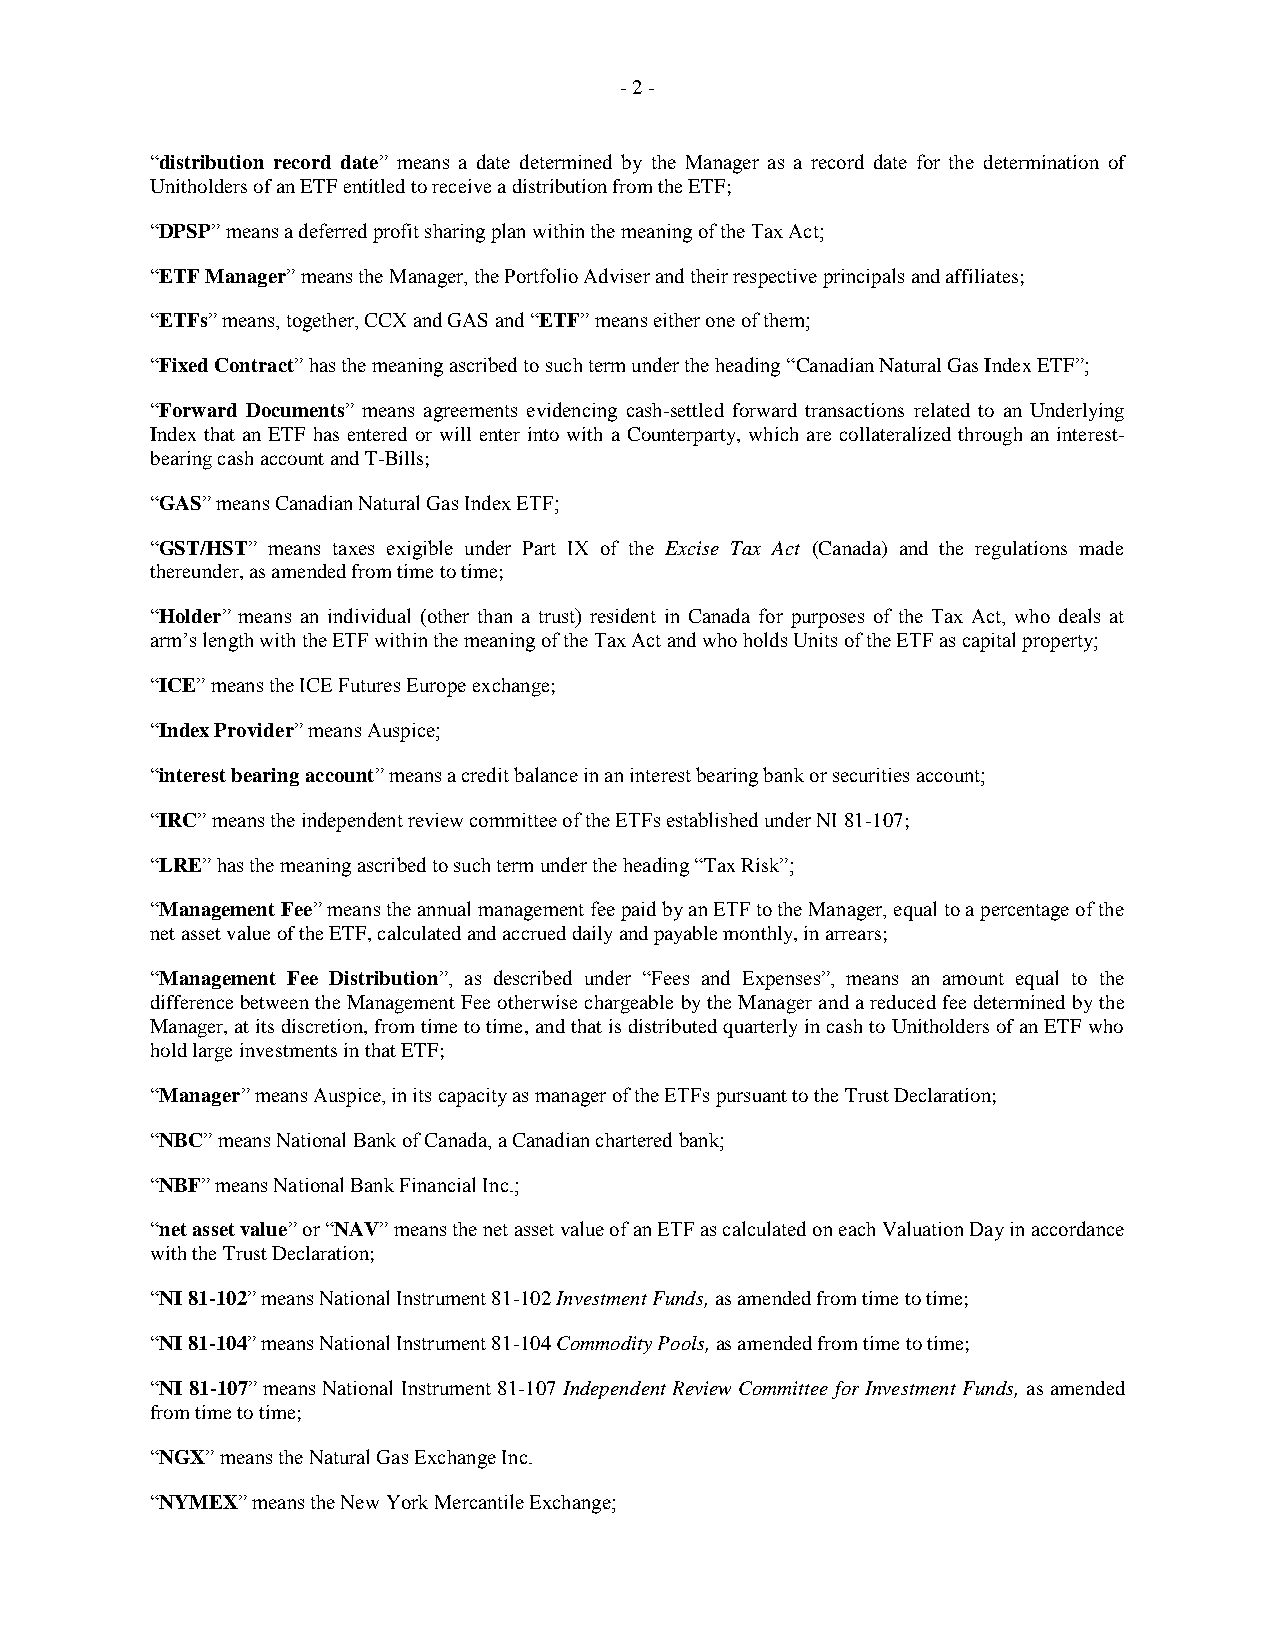
- 2 -
 “distribution record date” means a date determined by the Manager as a record date for the determination of
 Unitholders of an ETF entitled to receive a distribution from the ETF;
 “DPSP” means a deferred profit sharing plan within the meaning of the Tax Act;
 “ETF Manager” means the Manager, the Portfolio Adviser and their respective principals and affiliates;
 “ETFs” means, together, CCX and GAS and “ETF” means either one of them;
 “Fixed Contract” has the meaning ascribed to such term under the heading “Canadian Natural Gas Index ETF”;
 “Forward Documents” means agreements evidencing cash-settled forward transactions related to an Underlying
 Index that an ETF has entered or will enter into with a Counterparty, which are collateralized through an interest-
 bearing cash account and T-Bills;
 “GAS” means Canadian Natural Gas Index ETF;
 “GST/HST” means taxes exigible under Part IX of the Excise Tax Act (Canada) and the regulations made
 thereunder, as amended from time to time;
 “Holder” means an individual (other than a trust) resident in Canada for purposes of the Tax Act, who deals at
 arm’s length with the ETF within the meaning of the Tax Act and who holds Units of the ETF as capital property;
 “ICE” means the ICE Futures Europe exchange;
 “Index Provider” means Auspice;
 “interest bearing account” means a credit balance in an interest bearing bank or securities account;
 “IRC” means the independent review committee of the ETFs established under NI 81-107;
 “LRE” has the meaning ascribed to such term under the heading “Tax Risk”;
 “Management Fee” means the annual management fee paid by an ETF to the Manager, equal to a percentage of the
 net asset value of the ETF, calculated and accrued daily and payable monthly, in arrears;
 “Management Fee Distribution”, as described under “Fees and Expenses”, means an amount equal to the
 difference between the Management Fee otherwise chargeable by the Manager and a reduced fee determined by the
 Manager, at its discretion, from time to time, and that is distributed quarterly in cash to Unitholders of an ETF who
 hold large investments in that ETF;
 “Manager” means Auspice, in its capacity as manager of the ETFs pursuant to the Trust Declaration;
 “NBC” means National Bank of Canada, a Canadian chartered bank;
 “NBF” means National Bank Financial Inc.;
 “net asset value” or “NAV” means the net asset value of an ETF as calculated on each Valuation Day in accordance
 with the Trust Declaration;
 “NI 81-102” means National Instrument 81-102 Investment Funds, as amended from time to time;
 “NI 81-104” means National Instrument 81-104 Commodity Pools, as amended from time to time;
 “NI 81-107” means National Instrument 81-107 Independent Review Committee for Investment Funds, as amended
 from time to time;
 “NGX” means the Natural Gas Exchange Inc.
 “NYMEX” means the New York Mercantile Exchange;